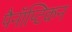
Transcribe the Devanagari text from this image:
पैनॉप्टिकन